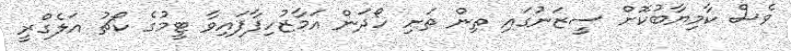
ވެސް ކާމިޔާބުކޮށް ސީޒަނުގައި ތިން ތަށި ހޯދަން އަމާޒުހިފާފައިވާ ޓީމުގެ ކޯޗު އަލެގްރީ